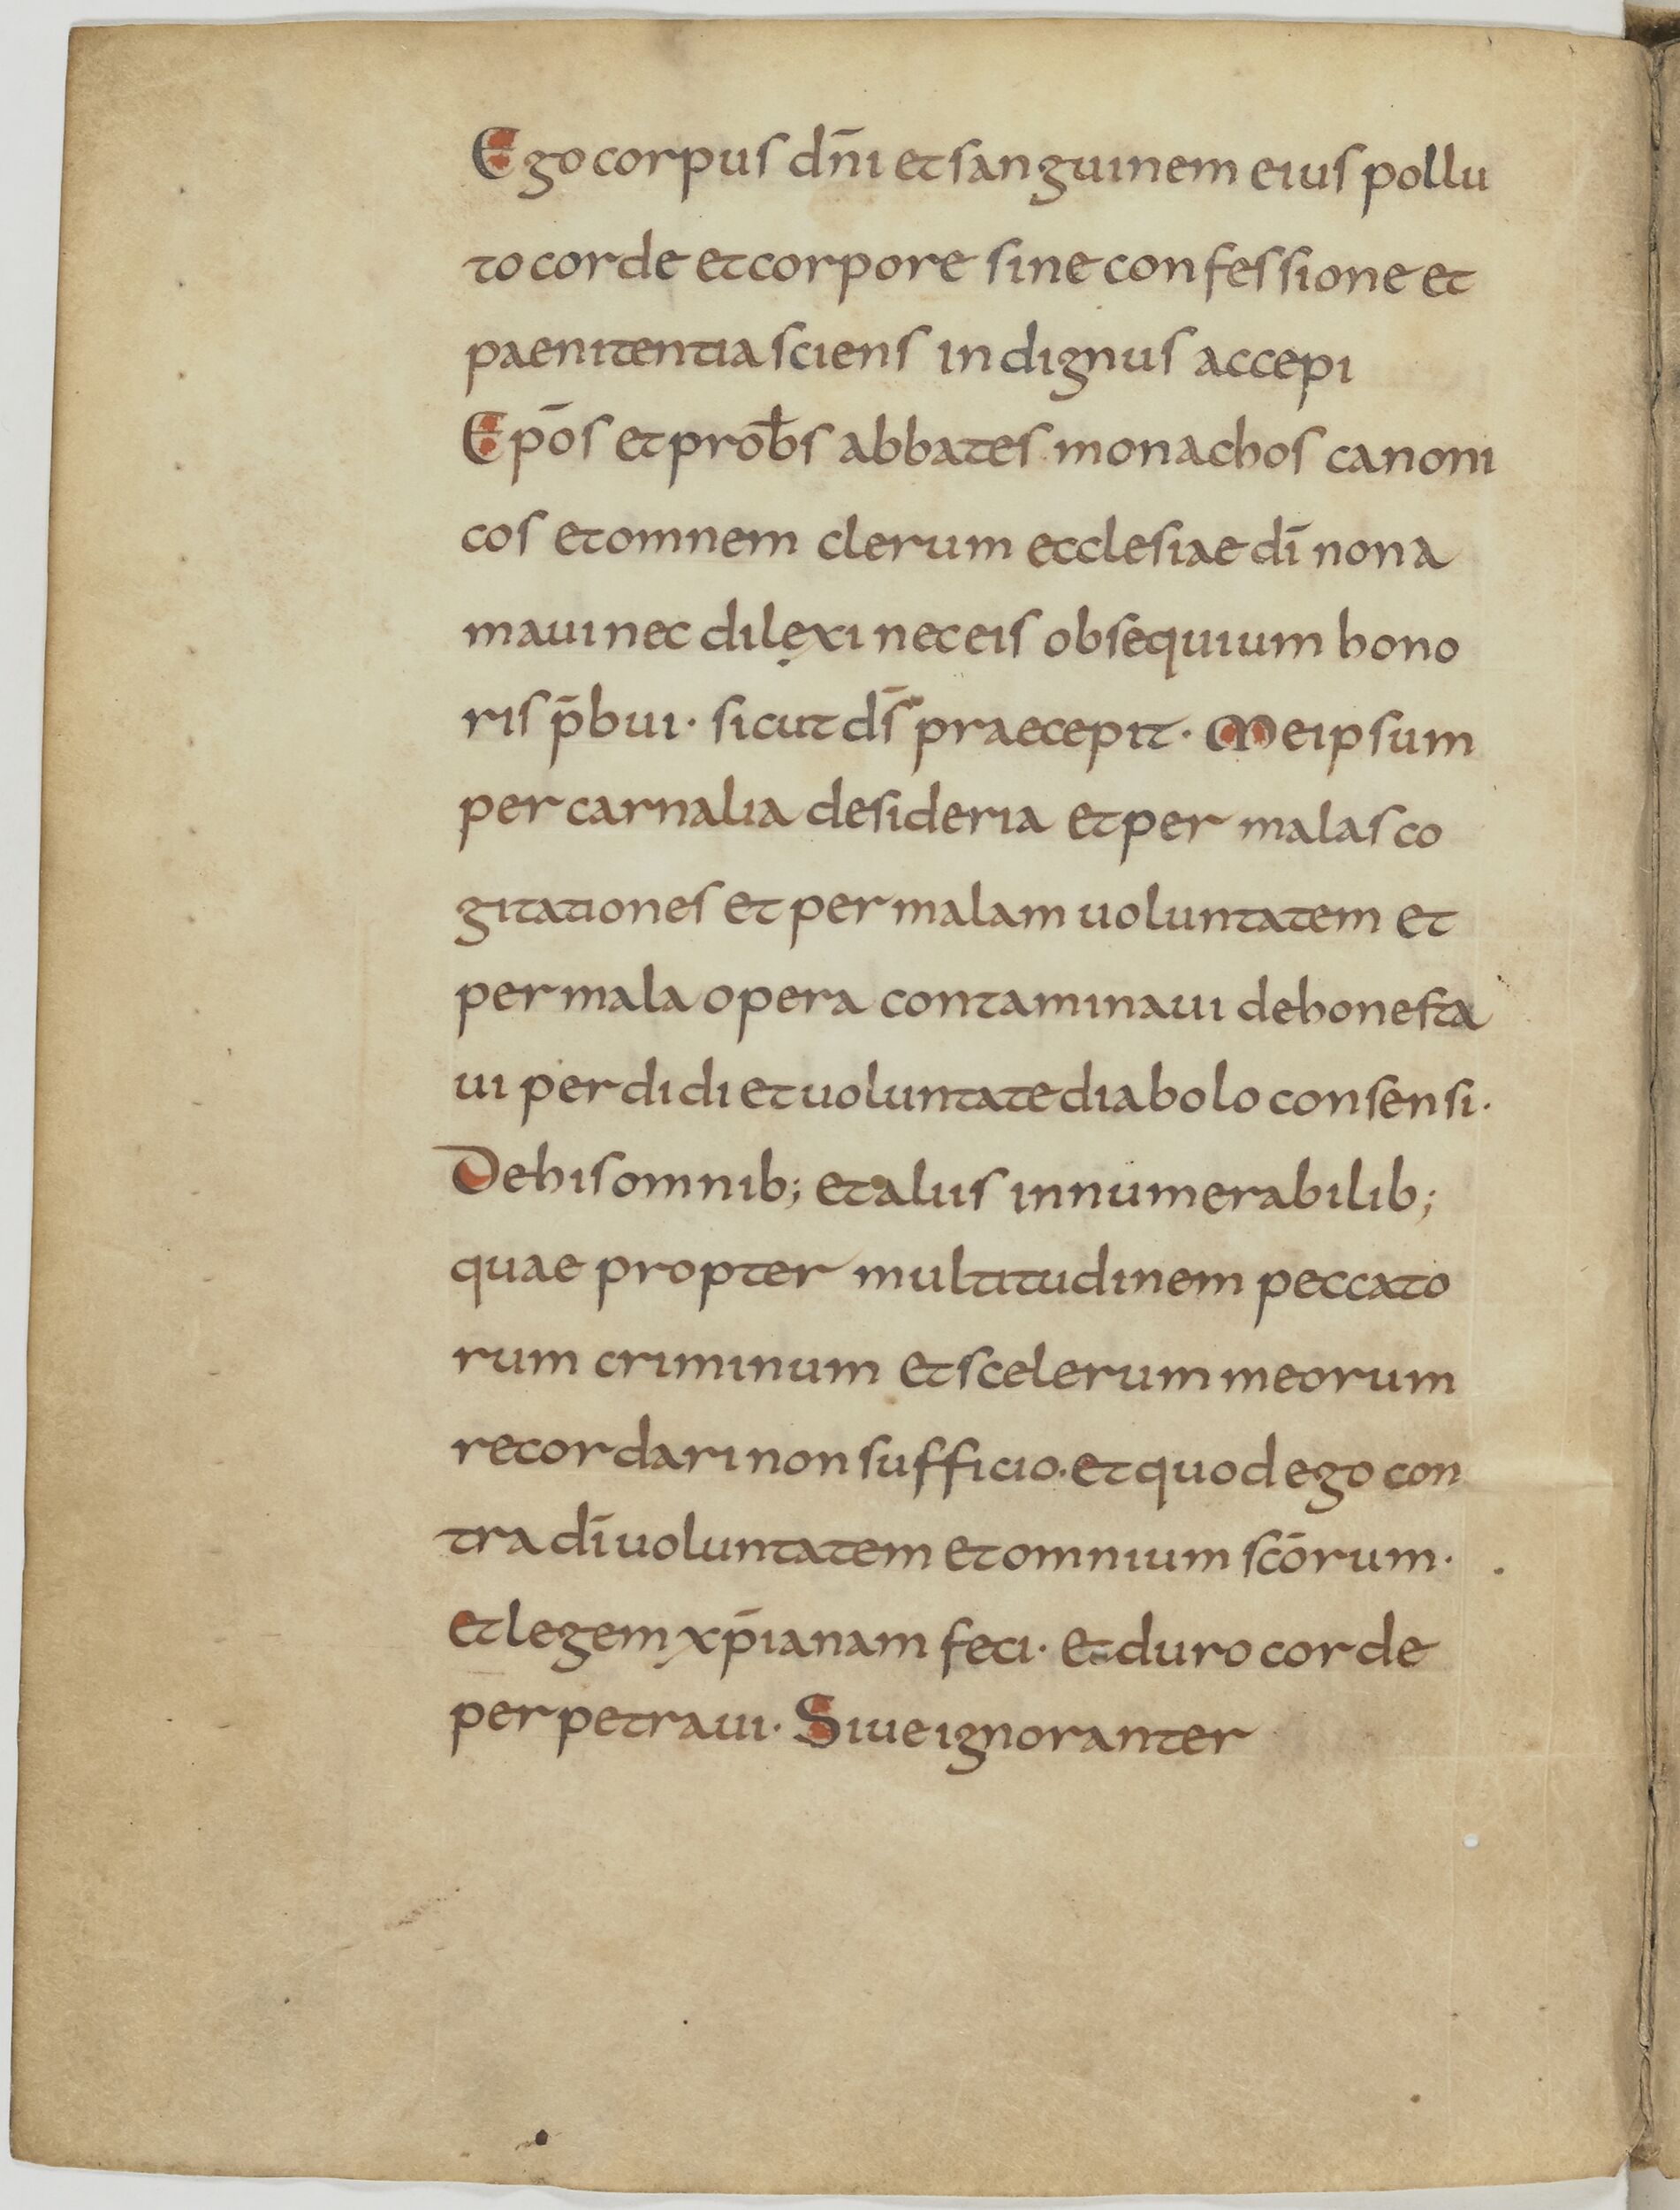
Shelfmark: Paris, BnF, lat. 13388
Century: 9